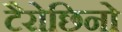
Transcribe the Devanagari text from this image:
टैरोछिनो